French assistants in Scottish schools and training centres, 1934
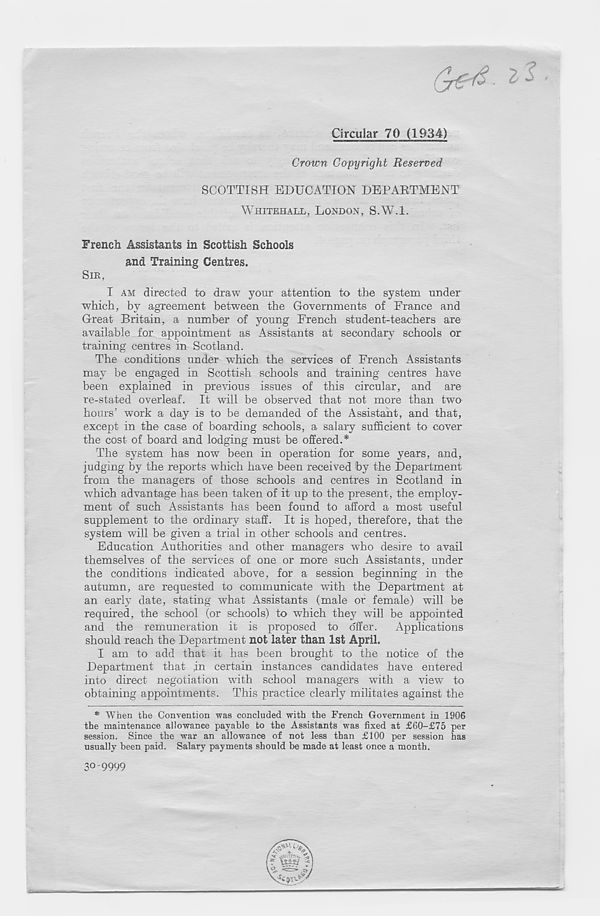
Circular 70 (1934)
Grown Copyright Reserved
SCOTTISH EDUCATION DEPARTMENT
WHITEHALL, LONDON, S.W.l.
French Assistants in Scottish Schools
and Training Centres.
SIR,
I AM directed to draw your attention to the system under
which, by agreement between the Governments of France and
Great Britain, a number of young French student-teachers are
available for appointment as Assistants at secondary schools or
training centres in Scotland.
The conditions under which the services of French Assistants
may be engaged in Scottish schools and training centres have
been explained in previous issues of this circular, and are
re-stated overleaf. It will be observed that not more than two
hours’ work a day is to be demanded of the Assistant, and that,
except in the case of boarding schools, a salary sufficient to cover
the cost of board and lodging must be offered.*
The system has now been in operation for some years, and,
judging by the reports which have been received by the Department
from the managers of those schools and centres in Scotland in
which advantage has been taken of it up to the present, the employ-
ment of such Assistants has been found to afford a most useful
supplement to the ordinary staff. It is hoped, therefore, that the
system will be given a trial in other schools and centres.
Education Authorities and other managers who desire to avail
themselves of the services of one or more such Assistants, under
the conditions indicated above, for a session beginning in the
autumn, are requested to communicate with the Department at
an early date, stating what Assistants (male or female) will be
required, the school (or schools) to which they will be appointed
and the remuneration it is proposed to o'ffer. Applications
should reach the Department not later than 1st April.
I am to add that it has been brought to the notice of the
Department that in certain instances candidates have entered
into direct negotiation with school managers wuth a view to
obtaining appointments. This practice clearly militates against the
* When the Convention was concluded with the French Government in 1906
the maintenance aliowance payable to the Assistants was fixed at £60-£75 per
session. Since the war an allowance of not less than £100 per session has
usually been paid. Salary payments should be made at least once a month.
3° 9999